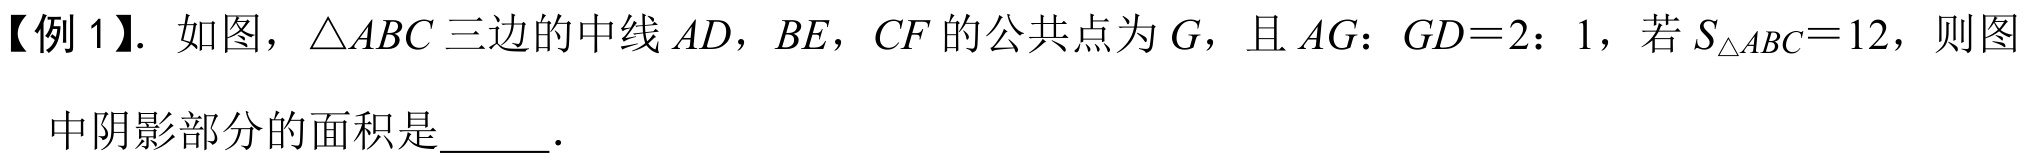
【例1】. 如图，\(\triangle ABC\)三边的中线\(AD\)，\(BE\)，\(CF\)的公共点为\(G\)，且\(AG：GD = 2：1\)，若\(S_{\triangle ABC}=12\)，则图中阴影部分的面积是  ．